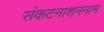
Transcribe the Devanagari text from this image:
संकटनाशननाम